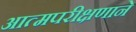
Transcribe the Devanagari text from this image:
आत्मपरीक्षणाने